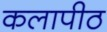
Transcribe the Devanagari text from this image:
कलापीठ